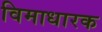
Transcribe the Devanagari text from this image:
विमाधारक